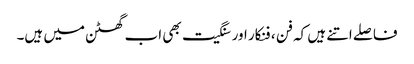
فاصلے اتنے ہیں کہ فن ، فنکار اور سنگیت بھی اب گھٹن میں ہیں۔